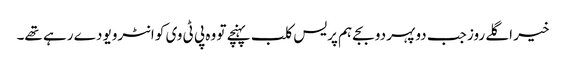
خیر اگلے روز جب دوپہر دو بجے ہم پریس کلب پہنچے تو وہ پی ٹی وی کو انٹرویو دے رہے تھے۔